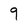
Character: 9